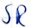
Text: SR